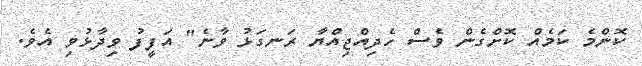
ކޮންމެ ކަމެއް ކޮށްގެން ވެސް ހެދިއްޖިއްޔާ ރަނގަޅު ވާނެ" އަފީފު ވިދާޅުވި އެވެ.